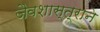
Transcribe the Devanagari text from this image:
जैवशास्त्राने